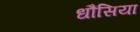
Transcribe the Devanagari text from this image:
धौंसिया